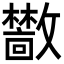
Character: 𫿣